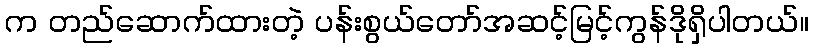
က တည်ဆောက်ထားတဲ့ ပန်းစွယ်တော်အဆင့်မြင့်ကွန်ဒိုရှိပါတယ်။